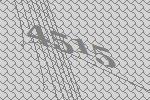
4515